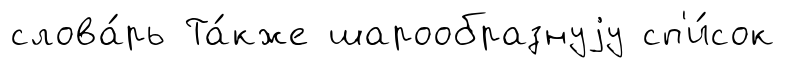
слова́рь Та́кже шарообразнуjу сп'и́сок